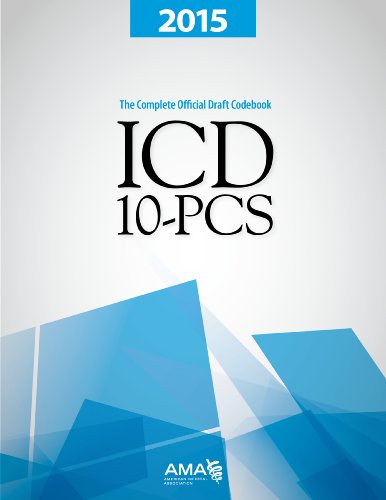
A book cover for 2015 ICD-10-PCs: The Complete Official Codebook; AMA; Medical Books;